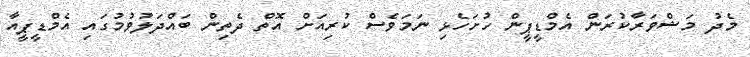
މެދު މަޝްވަރާކުރަން އެމްޑީޕީން ހުށަހެޅި ނަމަވެސް ކުރިއަށް އޮތް ދެތިން ބައްދަލުވުމުގައި އެމްޑީޕީއާ